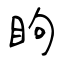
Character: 眗